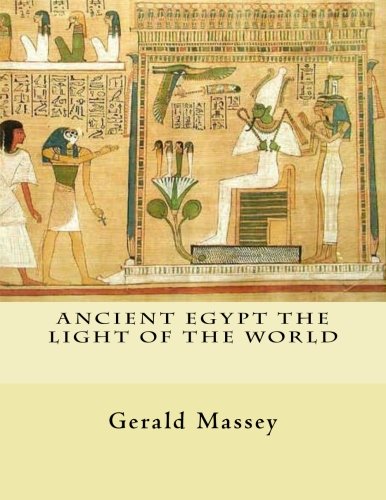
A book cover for Ancient Egypt The Light of the World: Vol. 1 and 2; Gerald Massey; History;